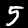
Label: 5